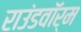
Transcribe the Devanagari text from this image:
राउंडवॉर्म